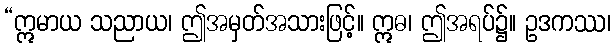
“ဣမာယ သညာယ၊ ဤအမှတ်အသားဖြင့်။ ဣဓ၊ ဤအရပ်၌။ ဥဒကဿ၊